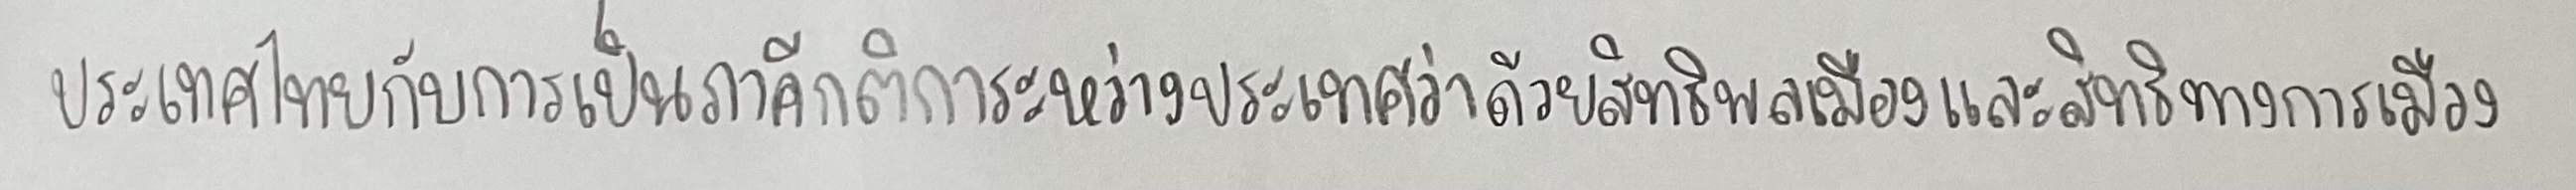
ประเทศไทยกับการเป็นภาคีกติการะหว่างประเทศว่าด้วยสิทธิพลเมืองและสิทธิทางการเมือง